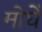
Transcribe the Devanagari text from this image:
मोघें